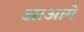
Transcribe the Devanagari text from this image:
आआगे